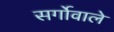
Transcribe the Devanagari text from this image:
सर्गोवाले